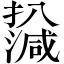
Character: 𤁙